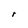
Character: r